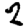
Digit: 2